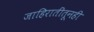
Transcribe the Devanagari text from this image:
जाहिरातींतूनही